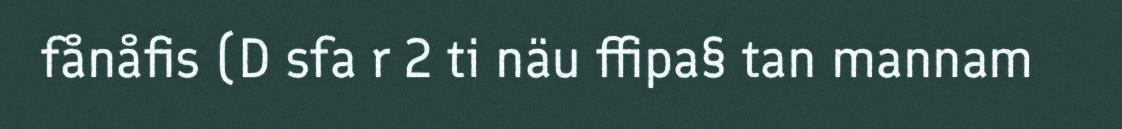
fånåfis (D sfa r 2 ti näu ffipa§ tan mannam